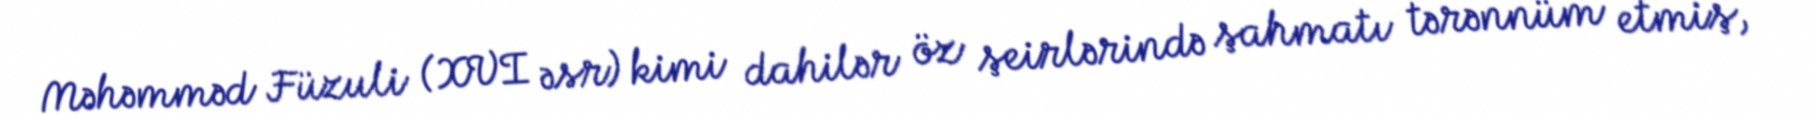
Məhəmməd Füzuli (XVI əsr) kimi dahilər öz şeirlərində şahmatı tərənnüm etmiş,